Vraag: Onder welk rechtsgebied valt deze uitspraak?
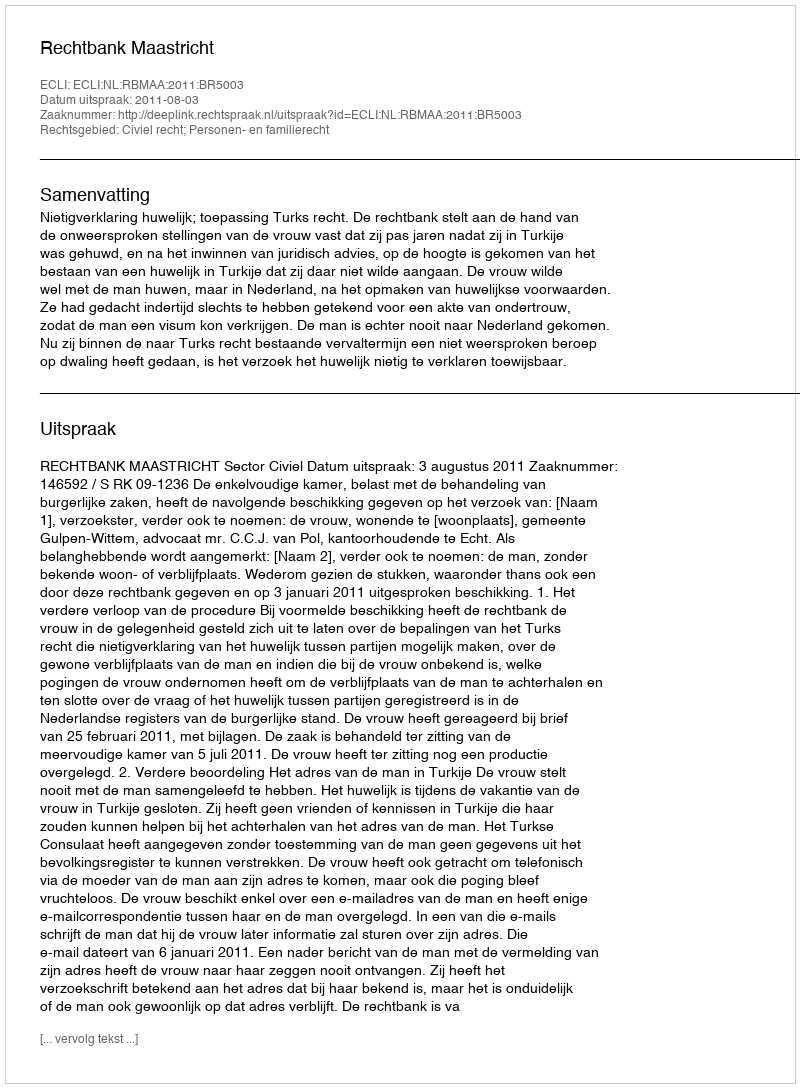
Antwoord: Civiel recht; Personen- en familierecht